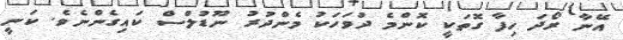
އޭނާ ރޯދަ ހިފާ ގޮތަކީ ކޮންމެ ދުވަހަކު މެންދުރު ނޫޑުލްސް ކައިގެންނެވެ. ކަނީ